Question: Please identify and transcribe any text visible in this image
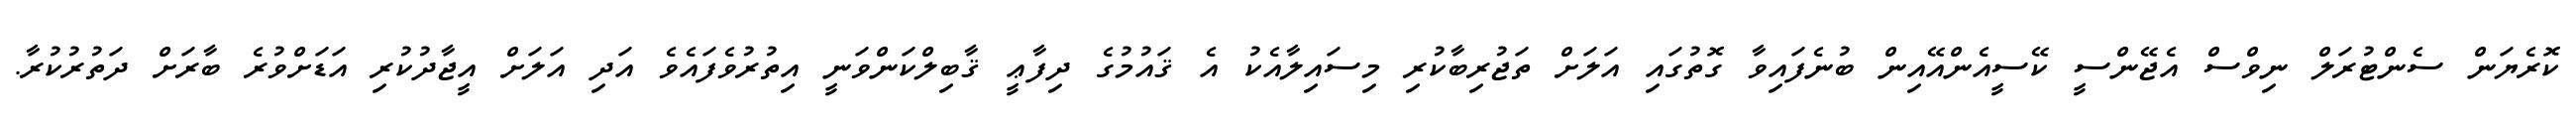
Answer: ކޮރެޔަން ސެންޓުރަލް ނިވްސް އެޖޭންސީ ކޭސީއެންއޭއިން ބުނެފައިވާ ގޮތުގައި އަލަށް ތަޖުރިބާކުރި މިސައިލާއެކު އެ ޤައުމުގެ ދިފާޢީ ޤާބިލްކަންވަނީ އިތުރުވެފައެވެ އަދި އަލަށް އީޖާދުކުރި އަޑަށްވުރެ ބާރަށް ދަތުރުކުރާ.